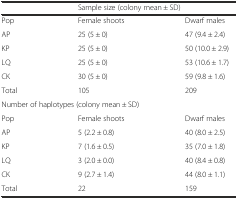
<table><thead><tr><td></td><td colspan="2"><b>Sample size (colony mean ± SD)</b></td></tr></thead><tbody><tr><td>Pop</td><td>Female shoots</td><td>Dwarf males</td></tr><tr><td>AP</td><td>25 (5 ± 0)</td><td>47 (9.4 ± 2.4)</td></tr><tr><td>KP</td><td>25 (5 ± 0)</td><td>50 (10.0 ± 2.9)</td></tr><tr><td>LQ</td><td>25 (5 ± 0)</td><td>53 (10.6 ± 1.7)</td></tr><tr><td>CK</td><td>30 (5 ± 0)</td><td>59 (9.8 ± 1.6)</td></tr><tr><td>Total</td><td>105</td><td>209</td></tr><tr><td colspan="3">Number of haplotypes (colony mean ± SD)</td></tr><tr><td>Pop</td><td>Female shoots</td><td>Dwarf males</td></tr><tr><td>AP</td><td>5 (2.2 ± 0.8)</td><td>40 (8.0 ± 2.5)</td></tr><tr><td>KP</td><td>7 (1.6 ± 0.5)</td><td>35 (7.0 ± 1.8)</td></tr><tr><td>LQ</td><td>3 (2.0 ± 0.0)</td><td>40 (8.4 ± 0.8)</td></tr><tr><td>CK</td><td>9 (2.7 ± 1.4)</td><td>44 (8.0 ± 1.1)</td></tr><tr><td>Total</td><td>22</td><td>159</td></tr></tbody></table>